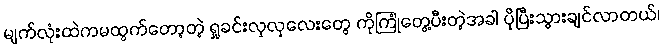
မျက်လုံးထဲကမထွက်တော့တဲ့ ရှုခင်းလှလှလေးတွေ ကိုကြုံတွေ့ပီးတဲ့အခါ ပိုပြီးသွားချင်လာတယ်၊